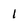
Character: 1